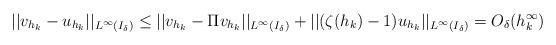
LaTeX: \begin{align*} ||v_{h_k} - u_{h_k}||_{L^\infty(I_\delta)} \leq ||v_{h_k} - \Pi v_{h_k}||_{L^\infty(I_\delta)} + ||(\zeta(h_k) - 1)u_{h_k}||_{L^\infty(I_\delta)} = O_\delta(h^\infty_k)\end{align*}